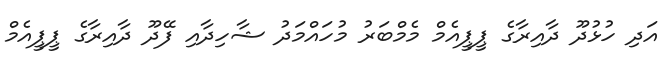
އަދި ހުޅުދޫ ދާއިރާގެ ޕީޕީއެމް މެމްބަރު މުހައްމަދު ޝާހިދާއި ފޭދޫ ދާއިރާގެ ޕީޕީއެމް